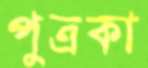
পুত্রকা